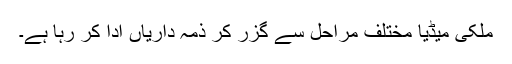
ملکی میڈیا مختلف مراحل سے گزر کر ذمہ داریاں ادا کر رہا ہے۔